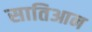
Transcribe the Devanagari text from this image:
सातिआन